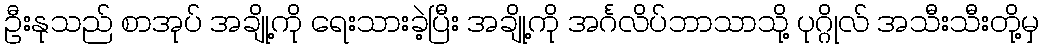
ဦးနုသည် စာအုပ် အချို့ကို ရေးသားခဲ့ပြီး အချို့ကို အင်္ဂလိပ်ဘာသာသို့ ပုဂ္ဂိုလ် အသီးသီးတို့မှ